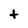
Character: t